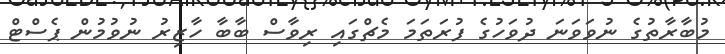
މުބާރާތުގެ ނުވަވަނަ ދުވަހުގެ ފުރަތަމަ މެޗްގައި ރިވާސް ބާބާ ހާޒިރު ނުވުމުން ޕެސްޓް